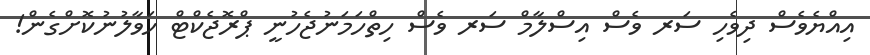
އިއްޔެވެސް ދިވެހި ސަރ ވެސް އިސްލާމް ސަރ ވެސް ހިތްހަމަނުޖެހުނީ ޕްރޮޖެކްޓް ހަވާލުނުކޮށްގެން!